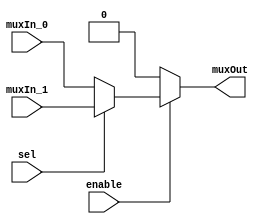
/******************************************************************************
 ** Logisim-evolution goes FPGA automatic generated Verilog code             **
 ** https://github.com/logisim-evolution/                                    **
 **                                                                          **
 ** Component : Multiplexer_2                                                **
 **                                                                          **
 *****************************************************************************/

module Multiplexer_2( enable,
                      muxIn_0,
                      muxIn_1,
                      muxOut,
                      sel );

   /*******************************************************************************
   ** The inputs are defined here                                                **
   *******************************************************************************/
   input enable;
   input muxIn_0;
   input muxIn_1;
   input sel;

   /*******************************************************************************
   ** The outputs are defined here                                               **
   *******************************************************************************/
   output muxOut;

   /*******************************************************************************
   ** The module functionality is described here                                 **
   *******************************************************************************/
   reg s_selected_vector;
   assign muxOut = s_selected_vector;

   always @(*)
   begin
      if (~enable) s_selected_vector <= 0;
      else case (sel)
         1'b0:
            s_selected_vector <= muxIn_0;
        default:
           s_selected_vector <= muxIn_1;
      endcase
   end

endmodule